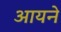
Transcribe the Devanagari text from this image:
आयने